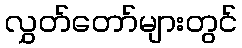
လွှတ်တော်များတွင်